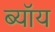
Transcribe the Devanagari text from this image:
ब्यॉय